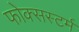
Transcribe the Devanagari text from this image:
फोक्सस्टर्म